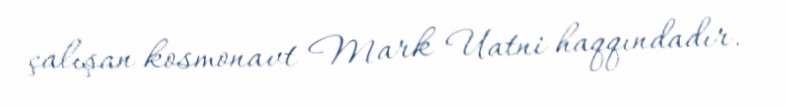
çalışan kosmonavt Mark Uatni haqqındadır.